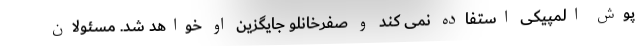
پوش المپیکی استفاده نمی کند و صفرخانلو جایگزین او خواهد شد. مسئولان